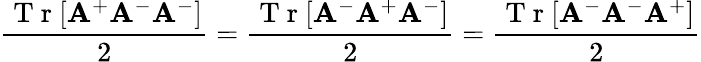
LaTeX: \frac{\mathrm{~T~r~}[\mathbf{A}^{+}\mathbf A^{-}\mathbf{A}^{-}]}{2}=\frac{\mathrm{~T~r~}[\mathbf{A}^{-}\mathbf A^{+}\mathbf{A}^{-}]}{2}=\frac{\mathrm{~T~r~}[\mathbf{A}^{-}\mathbf A^{-}\mathbf{A}^{+}]}{2}